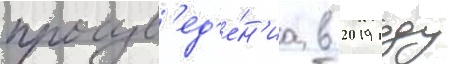
произв'ед'е́н'иа в 2019 году